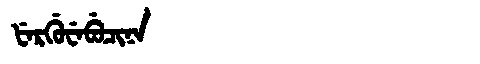
Manchu: ᡶᡝᡵᡤᡠᠸᡝᠪᡠᠴᡳᠨᠠ
Romanization: FERGUWEBUCINA